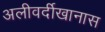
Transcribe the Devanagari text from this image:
अलीवर्दीखानास